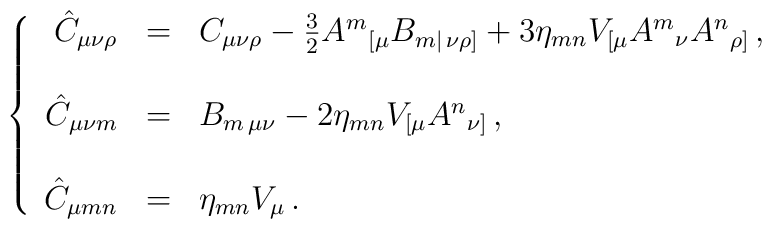
\left\{\begin{array}{rcl}\hat{C}_{\mu\nu\rho} & = & C_{\mu\nu\rho} -\frac{3}{2}A^{m}{}_{[\mu}B_{m|\, \nu\rho]} +3\eta_{mn}V_{[\mu}A^{m}{}_{\nu}A^{n}{}_{\rho]}\, ,\\& & \\\hat{C}_{\mu\nu m} & = & B_{m\, \mu\nu}-2\eta_{mn} V_{[\mu}A^{n}{}_{\nu]}\, ,\\& & \\\hat{C}_{\mu mn} & = & \eta_{mn}V_{\mu}\, .\\\end{array}\right.